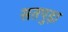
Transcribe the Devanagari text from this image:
सतपुड़ा़